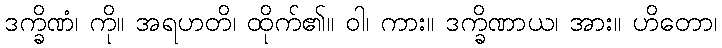
ဒက္ခိဏံ၊ ကို။ အရဟတိ၊ ထိုက်၏။ ဝါ၊ ကား။ ဒက္ခိဏာယ၊ အား။ ဟိတော၊